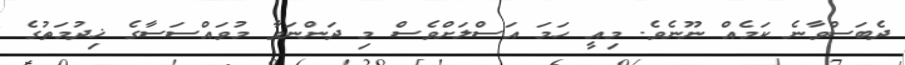
ދެބަސްވާނެ ކަމެއް ނޫނެވެ. މިއީ ހަމަ އަސްލަށްވެސް މި ދަންނަވާ މުވައްސަސާގެ ޚިދުމަތުގެ